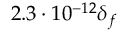
2 . 3 \cdot 1 0 ^ { - 1 2 } \delta _ { f }